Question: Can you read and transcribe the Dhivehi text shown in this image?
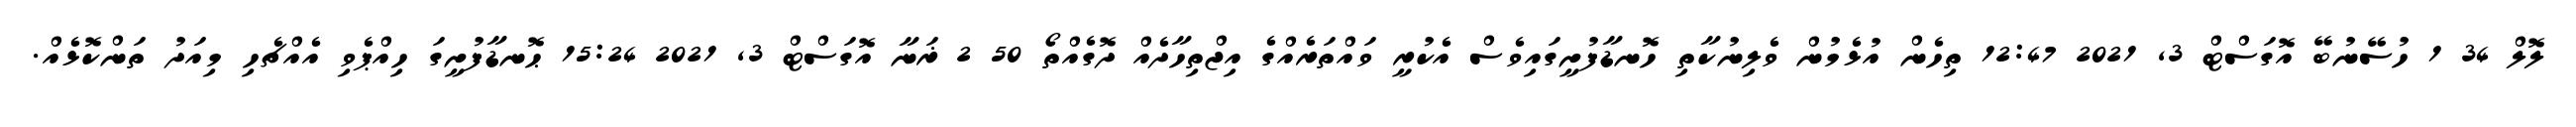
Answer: ލޮލް 34 1 ހުސޭނުބޭ އޮގަސްޓް 3, 2021 12:47 ތިހެން އުޅެމުން ވެލިނުކާތި ހޮނޑާފުށީގައިވެސް އެކުރީ ވައްތަރެއްގެ އިޖްތިހާދެއް ދޮގެއްތޯ 50 2 ޜަނާ އޮގަސްޓް 3, 2021 15:24 ޙޮނޑާފުށީގަ ހިއްޕެވި އެއްޗެހި މިއަދު ތަންކޮޅެއް.